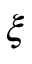
\xi